Vaccination in Bombay 1874-1876 - 1874-1876
Year: 1874
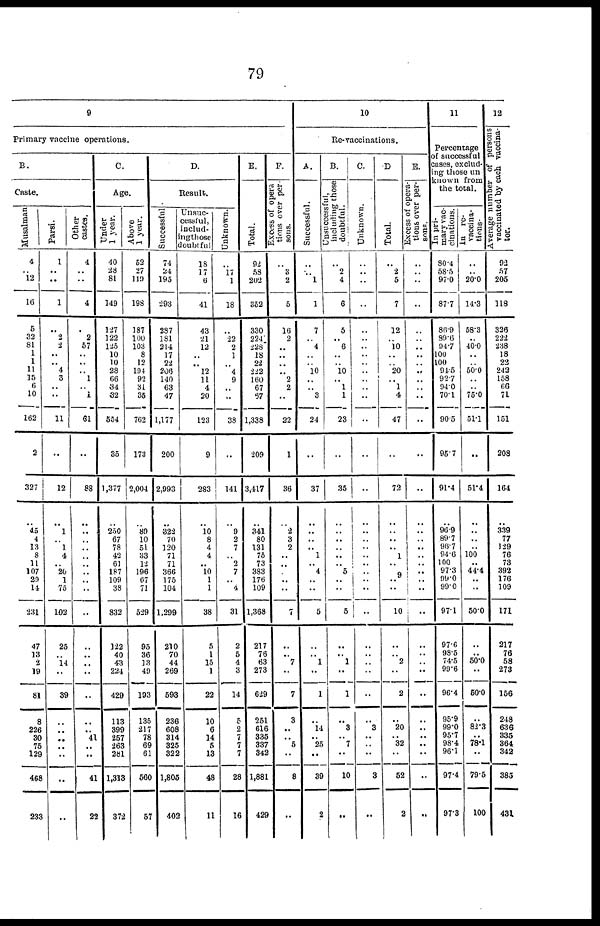
79
9
Primary vaccine operations.
B.
Caste.
Musalman
4
.. 12
16
5
32
81
1
1
11
15
6
10
162
2
327
..
45
4
13
8
11
107
29
14
231
47
13
2
19
81
8
226
30
75
129
468
233
Parsi.
1
..
..
1
..
2
2
..
.. 4
3
..
..
11
..
12
..
1
.. 1
4
.. 20
1
75
102
25
.. 14
..
39
..
..
.. ..
..
..
..
Other
castes.
4
..
..
4
..
2
57
.. ..
.. 1
.. 1
61
..
88
..
..
..
..
..
.. ..
..
..
..
..
..
..
..
..
..
.. 41
.. ..
41
22
C.
Age.
Under
1 year.
40
28
81
149
127
122
125
10
10
28
66
34
32
554
35
1,377
..
250
67
78
42
61
187
109
38
832
122
40
43
224
429
113
399
257
263
281
1,313
372
Above
1 year.
52
27
119
198
187
100
103
8
12
194
92
31
35
762
173
2,004
..
89
10
51
33
12
196
67
71
529
95
36
13
49
193
135
217
78
69
61
560
57
D.
Result.
Successful
74
24
195
293
287
181
214
17
22
206
140
63
47
1,177
200
2,993
..
322
70
120
71
71
366
175
104
1,299
210
70
44
269
593
236
608
314
325
322
1,805
402
Unsuc-
cessful,
includ-
ing those
doubtful
18
17
6
41
43
21
12
.. .. 12
11
4
20
123
9
283
..
10
8
4
4
.. 10
1
1
38
5
1
15
1
22
10
6
14
5
13
48
11
Unknown.
..
17
1
18
..
22
2
1
.. 4
9
..
..
38
..
141
..
9
2
7
.. 2
7
.. 4
31
2
5
4
3
14
5
2
7 7
7
28
16
E.
Total.
92
58
202
352
330
224
228
18
22
222
160
67
67
1,338
209
3,417
..
341
80
131
75
73
383
176
109
1,368
217
76
63
273
629
251
616
335
337
342
1,881
429
F.
Excess of opera
tions over per-
sons.
..
3
2
5
16
2
..
..
..
.. 2
2
..
22
1
36
..
2
3
2
..
..
.
..
..
7
..
.. 7
..
7
3
..
.. 5
..
8
..
10
Re-vaccinations.
A.
Successful.
..
.. 1
1
7
.. 4
..
.. 10
..
.. 3
24
..
37
..
..
.. .. 1
.. 4
..
..
5
..
.. 1
..
1
..
14
.. 25
..
39
2
B.
Unsuccessful,
including those
doubtful.
..
2
4
6
5
.. 6
..
.. 10
.. 1
1
23
..
35
..
..
..
..
..
.. 5
..
..
5
..
.. 1
..
1
..
3
.. 7
..
10
..
C.
Unknown.
..
..
..
..
..
..
..
..
..
..
..
..
..
..
..
..
..
..
..
..
..
..
..
..
..
..
..
..
..
..
..
..
3
..
.. ..
3
..
D.
Total.
..
2
5
7
12
.. 10
..
.. 20
.. 1
4
47
..
72
..
..
..
.. 1
..
..
..
..
10
..
.. 2
..
2
..
20
.. 32
..
52
2
E.
Excess of opera-
tions over per-
sons.
..
..
..
..
..
..
..
..
.. ..
..
..
..
..
..
..
..
..
.. ..
..
.. ..
..
..
.._
..
..
.. ..
..
..
..
.. ..
..
..
..
11
Percentage
of successful
cases,exclud-
ing those un
known from
the total.
In pri-
mary vac-
cinntions.
80.4
58.5
97.0
87.7
86.9
89.6
94.7
100
100
94.5
92.7
94.0
70.1
90.5
95.7
91.4
..
96.9
89.7
96.7
94.6
100
97.3
99.0
99.0
97.1
97.6
98.5
74.5
99.6
96.4
95.9
99.0
95.7
98.4
96.1
97.4
97.3
In re-
vaccina-
tions-
..
.. 20.0
14.3
58.3
.. 40.0
..
.. 50.0
..
.. 75.0
51.1
..
51.4
..
..
..
.. 100
.. 44.4
..
..
50.0
..
..
50.0
..
50.0
..
82.3
.. 78.1
..
79.5
100
12
Average number of persons
vaccinated by each vaccina-
tor.
92
57
205
118
326
222
238
18
22
242
158
66
71
151
208
164
..
339
77
129
76
73
392
176
109
171
217
76
58
273
156
248
636
335
364
342
385
431